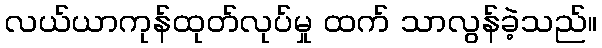
လယ်ယာကုန်ထုတ်လုပ်မှု ထက် သာလွန်ခဲ့သည်။